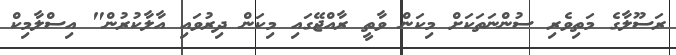
ރަސޫލާގެ މަތިވެރި ސުންނަތަކަށް މިކަން ވާތީ ރާއްޖޭގައި މިކަން ދިރުވައި އާލާކުރުން" އިސްލާމިކް